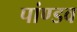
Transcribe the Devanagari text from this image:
पांण्‍डव